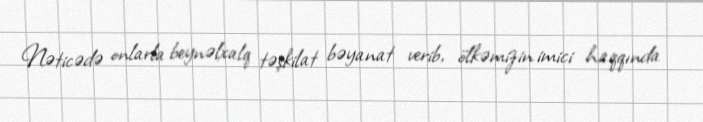
Nəticədə onlarla beynəlxalq təşkilat bəyanat verib, ölkəmizin imici haqqında